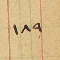
١٨٩